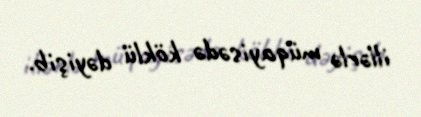
illərlə müqayisədə köklü dəyişib.